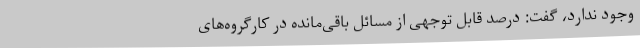
وجود ندارد، گفت: درصد قابل توجهی از مسائل باقی‌مانده در کارگروه‌های